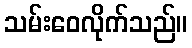
သမ်းဝေလိုက်သည်။